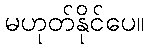
မဟုတ်နိုင်ပေ။